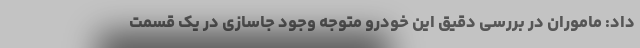
داد: ماموران در بررسی دقیق این خودرو متوجه وجود جاسازی در یک قسمت